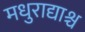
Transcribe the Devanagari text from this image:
मधुराद्याश्च